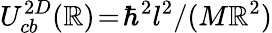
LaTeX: U_{cb}^{2D}(\mathbb{R})\! =\! \hbar^{2}l^{2}/(M\mathbb{R}^{2})